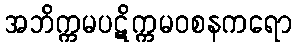
အဘိက္ကမပဋိက္ကမဝစနကရော